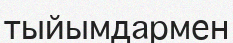
тыйымдармен